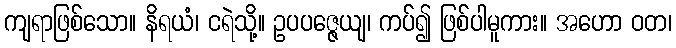
ကျရာဖြစ်သော။ နိရယံ၊ ငရဲသို့။ ဥပပဇ္ဇေယျ၊ ကပ်၍ ဖြစ်ပါမူကား။ အဟော ဝတ၊